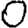
Digit: 0